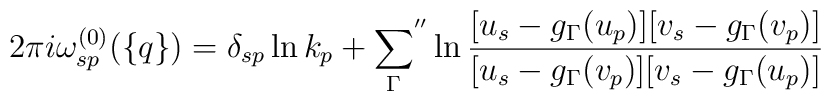
2\pi i\omega_{sp}^{(0)}(\{q\})= \delta_{sp}\ln k_p+{\sum_\Gamma}^{''}\ln\frac{[u_s-g_\Gamma(u_p)][v_s-g_\Gamma(v_p)]}{[u_s-g_\Gamma(v_p)][v_s-g_\Gamma(u_p)]}